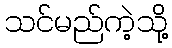
သင်မည်ကဲ့သို့